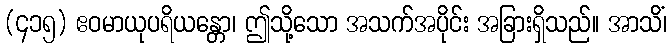
(၄၁၅) ဧဝမာယုပရိယန္တော၊ ဤသို့သော အသက်အပိုင်း အခြားရှိသည်။ အာသိံ၊